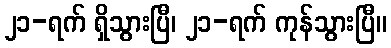
၂၁-ရက် ရှိသွားပြီ၊ ၂၁-ရက် ကုန်သွားပြီ။